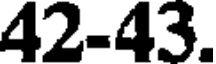
42-43.